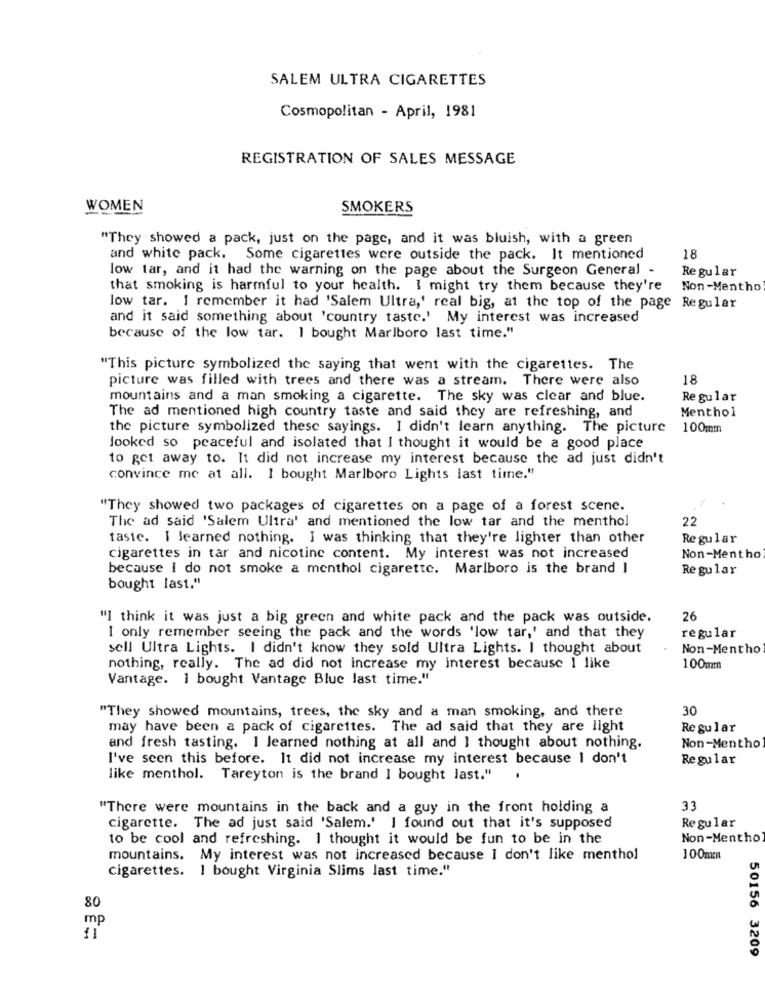
SALEM ULTRA CIGARETTES
Cosmopolitan - April, 1981
REGISTRATION OF SALES MESSAGE
WOMEN
SMOKERS
"They showed a pack, just on the page, and it was bluish, with a green
and white pack. Some cigarettes were outside the pack. It mentioned
18
low tar, and it had the warning on the page about the Surgeon General -
Regular
that smoking is harmful to your health. I might try them because they're
Non-Mentho
low tar. I remember it had 'Salem Ultra,' real big, at the top of the page Regular
and it said something about 'country taste.' My interest was increased
because of the low tar. I bought Marlboro last time."
"This picture symbolized the saying that went with the cigarettes. The
picture was filled with trees and there was a stream. There were also
18
mountains and a man smoking a cigarette. The sky was clear and blue.
Regular
The ad mentioned high country taste and said they are refreshing, and
Menthol
the picture symbolized these sayings. I didn't learn anything. The picture 100mm
looked so peaceful and isolated that I thought it would be a good place
to get away to. It did not increase my interest because the ad just didn't
convince me at all. I bought Marlboro Lights last time."
"They showed two packages of cigarettes on a page of a forest scene.
The ad said 'Salem Ultra' and mentioned the low tar and the menthol
22
taste. I learned nothing. I was thinking that they're lighter than other
Regular
cigarettes in tar and nicotine content. My interest was not increased
Non-Mentho
because I do not smoke a menthol cigarette. Marlboro is the brand I
Regular
bought last."
"] think it was just a big green and white pack and the pack was outside.
26
regular
I only remember seeing the pack and the words 'low tar,' and that they
sell Ultra Lights. I didn't know they sold Ultra Lights. I thought about
Non-Mentho
nothing, really. The ad did not increase my interest because I like
100mm
Vantage. I bought Vantage Blue last time."
"They showed mountains, trees, the sky and a man smoking, and there
30
may have been a pack of cigarettes. The ad said that they are light
Regular
and fresh tasting. I learned nothing at all and I thought about nothing.
Non-Mentho
I've seen this before. It did not increase my interest because I don't
Regular
like menthol. Tareyton is the brand I bought last."
"There were mountains in the back and a guy in the front holding a
33
cigarette. The ad just said 'Salem.' I found out that it's supposed
Regular
to be cool and refreshing. I thought it would be fun to be in the
Non-Mentho
mountains. My interest was not increased because I don't like menthol
100mm
cigarettes. I bought Virginia Slims last time."
80
mp
50156 3209